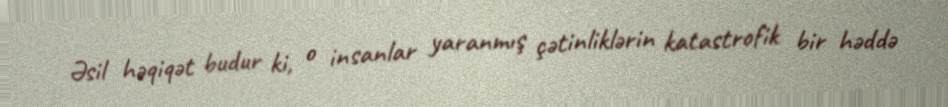
Əsil həqiqət budur ki, o insanlar yaranmış çətinliklərin katastrofik bir həddə